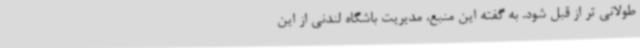
طولانی تر از قبل شود. به گفته این منبع، مدیریت باشگاه لندنی از این